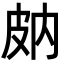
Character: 𤿒